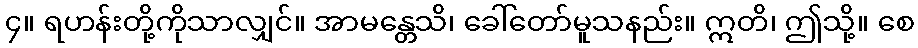
၄။ ရဟန်းတို့ကိုသာလျှင်။ အာမန္တေသိ၊ ခေါ်တော်မူသနည်း။ ဣတိ၊ ဤသို့။ စေ